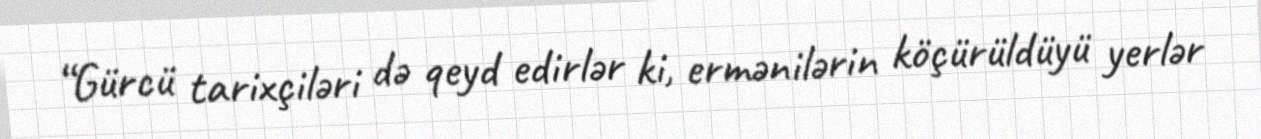
“Gürcü tarixçiləri də qeyd edirlər ki, ermənilərin köçürüldüyü yerlər